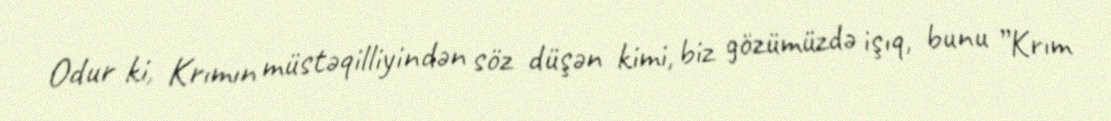
Odur ki, Krımın müstəqilliyindən söz düşən kimi, biz gözümüzdə işıq, bunu ”Krım